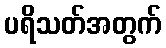
ပရိသတ်အတွက်